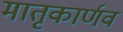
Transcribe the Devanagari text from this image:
मातृकार्णव